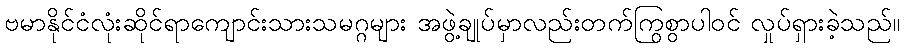
ဗမာနိုင်ငံလုံးဆိုင်ရာကျောင်းသားသမဂ္ဂများ အဖွဲ့ချုပ်မှာလည်းတက်ကြွစွာပါဝင် လှုပ်ရှားခဲ့သည်။